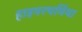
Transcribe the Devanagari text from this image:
हाइपरथर्मिया